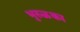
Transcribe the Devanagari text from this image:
भुरुळका